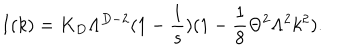
LaTeX: I ( k ) = K _ { D } \Lambda ^ { D - 2 } ( 1 - \frac { 1 } { s } ) ( 1 - \frac { 1 } { 8 } \Theta ^ { 2 } \Lambda ^ { 2 } k ^ { 2 } ) .